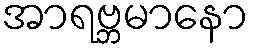
အာရဗ္ဘမာနော